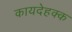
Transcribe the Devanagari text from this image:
कायदेहक्क